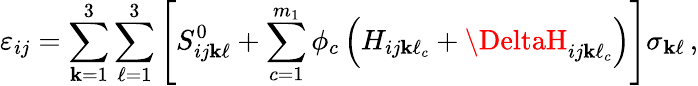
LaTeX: \varepsilon_{ij}=\sum_{\mathbf{k}=1}^{3}\sum_{\ell=1}^{3}\left[S_{ij\mathbf{k}\ell}^{0}+\sum_{c=1}^{m_{1}}\phi_{c}\left(H_{ij\mathbf{k}\ell_{c}}+\DeltaH_{ij\mathbf{k}\ell_{c}}\right)\right]\sigma_{\mathbf{k}\ell}\, ,